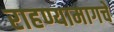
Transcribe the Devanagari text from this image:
राहण्यामागचे